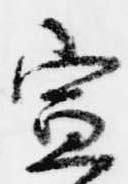
宣